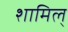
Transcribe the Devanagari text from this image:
शामिल्